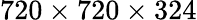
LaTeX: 720\times 720\times 324